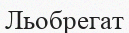
Льобрегат